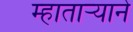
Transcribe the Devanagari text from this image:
म्हातार्‍याने